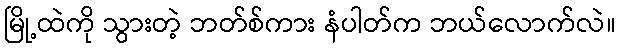
မြို့ထဲကို သွားတဲ့ ဘတ်စ်ကား နံပါတ်က ဘယ်လောက်လဲ။